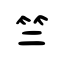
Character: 竺